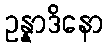
ဥန္နာဒိနော